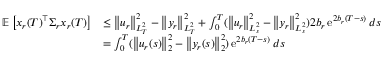
\begin{array} { r l } { \mathbb E \left[ x _ { r } ( T ) ^ { \top } \Sigma _ { r } x _ { r } ( T ) \right] } & { \leq \left\| u _ { r } \right\| _ { L _ { T } ^ { 2 } } ^ { 2 } - \left\| y _ { r } \right\| _ { L _ { T } ^ { 2 } } ^ { 2 } + \int _ { 0 } ^ { T } ( \left\| u _ { r } \right\| _ { L _ { s } ^ { 2 } } ^ { 2 } - \left\| y _ { r } \right\| _ { L _ { s } ^ { 2 } } ^ { 2 } ) 2 b _ { r } \operatorname { e } ^ { 2 b _ { r } ( T - s ) } d s } \\ & { = \int _ { 0 } ^ { T } ( \left\| u _ { r } ( s ) \right\| _ { 2 } ^ { 2 } - \left\| y _ { r } ( s ) \right\| _ { 2 } ^ { 2 } ) \operatorname { e } ^ { 2 b _ { r } ( T - s ) } d s } \end{array}